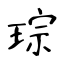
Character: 琮